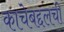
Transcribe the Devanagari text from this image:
काचेबद्दलची